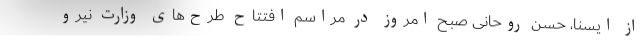
از ایسنا، حسن روحانی صبح امروز در مراسم افتتاح طرح‌های وزارت نیرو